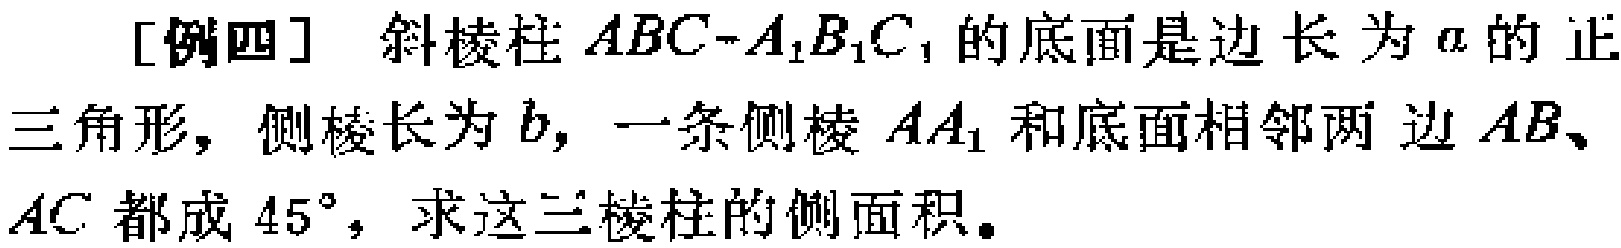
[例四] 斜棱柱 \(ABC - A_{1}B_{1}C_{1}\) 的底面是边长为 \(a\) 的正三角形，侧棱长为 \(b\)，一条侧棱 \(AA_{1}\) 和底面相邻两边 \(AB\)、\(AC\) 都成 \(45^{\circ}\)，求这三棱柱的侧面积。